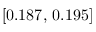
[ 0 . 1 8 7 , \, 0 . 1 9 5 ]